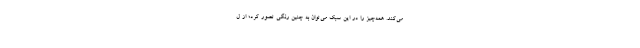
می‌کند. همه‌چیز را در این سبک می‌توان به چنین رنگی تصور کرد؛ از ل